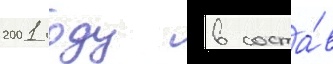
2001 году в соста́в